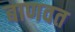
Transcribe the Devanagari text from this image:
बाणवत